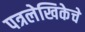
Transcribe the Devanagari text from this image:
पत्रलेखिकेचे